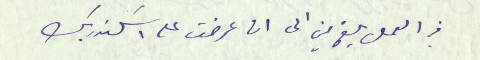
في العمل بلغ مني الى ان عرضت على اسكندر بك